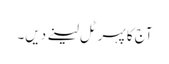
آج کا پہر ٹل لینے دیں۔